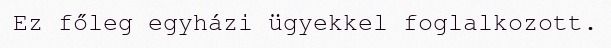
Ez főleg egyházi ügyekkel foglalkozott.